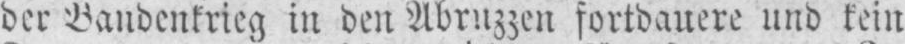
der Bandenkrieg in den Abruzzen fortdauere und kein